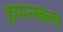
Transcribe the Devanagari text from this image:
हम्पन्नकत्ता